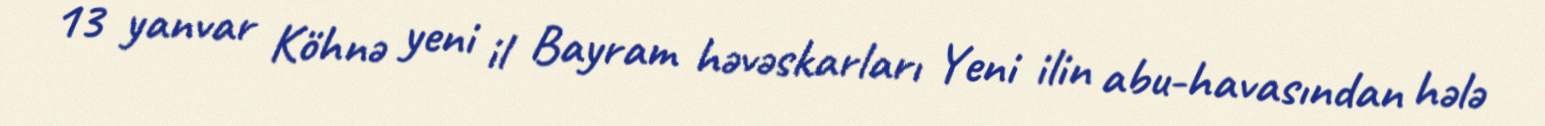
13 yanvar Köhnə yeni il Bayram həvəskarları Yeni ilin abu-havasından hələ